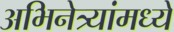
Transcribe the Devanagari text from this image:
अभिनेत्र्यांमध्ये